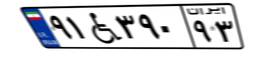
۹۱W۳۹۰۹۳